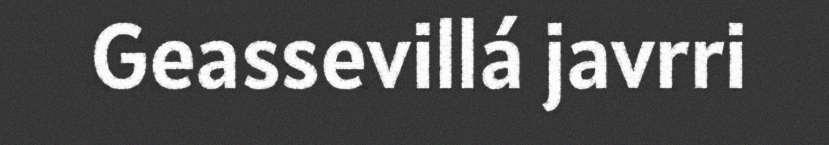
Geassevillá javrri